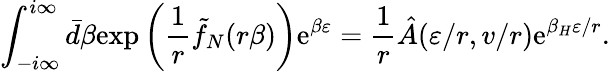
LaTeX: \int_{-i\infty}^{i\infty}\bar{d}\beta\mathrm{exp}\left({\frac{1}{r}}\tilde{f}_{N}(r\beta)\right)\mathrm{e}^{\beta\varepsilon}={\frac{1}{r}}\hat{A}(\varepsilon/r,v/r)\mathrm{e}^{{\beta_{H}\varepsilon}/r}.